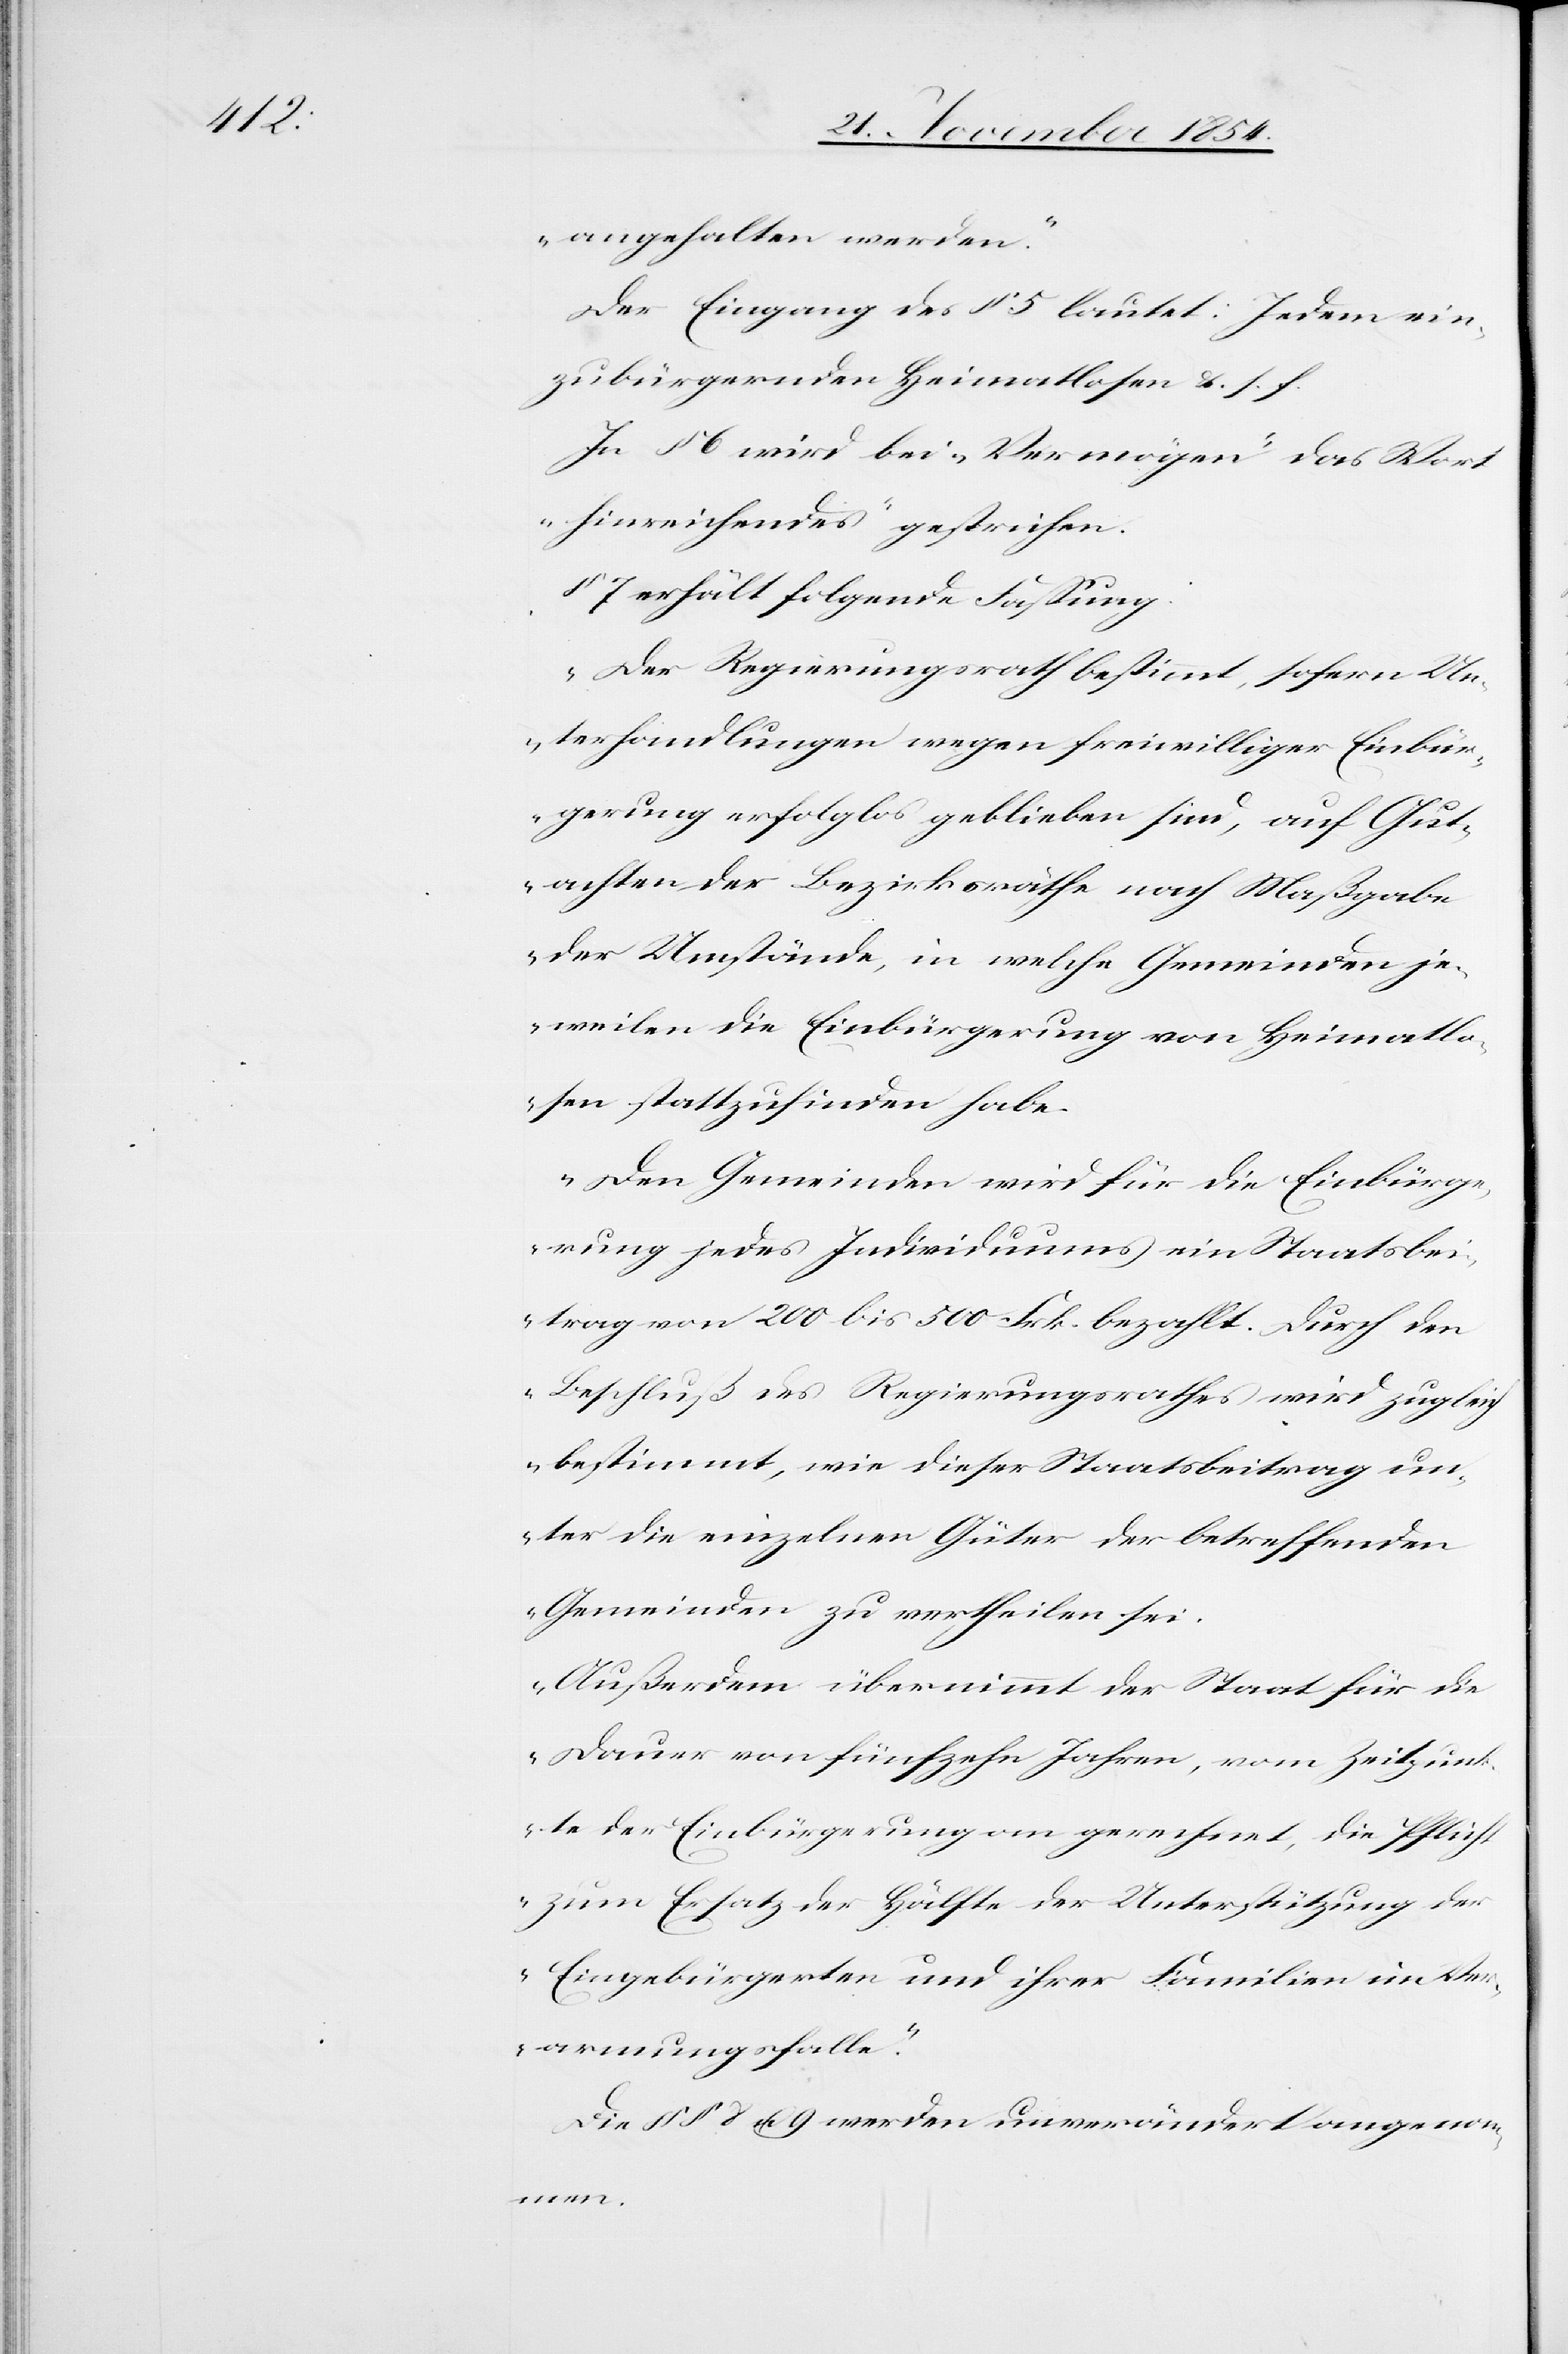
angehalten werden.“
Der Eingang des § 5 lautet: Jedem ein¬
zubürgernden Heimatlosen u. s. f.
In § 6 wird bei „Vermögen“ das Wort
„hinreichendes“ gestrichen.
§ 7 erhält folgende Faßung:
„Der Regierungsrath bestimmt, sofern Un¬
terhandlungen wegen freiwilliger Einbür¬
gerung erfolglos geblieben sind, auf Gut¬
achten der Bezirksräthe nach Maßgabe
der Umstände, in welche Gemeinden je¬
weilen die Einbürgerung von Heimatlo¬
sen stattzufinden habe.
Den Gemeinden wird für die Einbürge¬
rung jedes Individuums ein Staatsbe¬
itrag von 200 bis 500 Frk. bezahlt. Durch den
Beschluß des Regierungsrathes wird zugleich
bestimmt, wie dieser Staatsbeitrag un¬
ter die einzelnen Güter der betreffenden
Gemeinden zu vertheilen sei.
Außerdem übernimmt der Staat für die
Dauer von fünfzehn Jahren, vom Zeitpunk¬
te der Einbürgerung an gerechnet, die Pflicht
zum Ersatz der Hälfte der Unterstützung der
Eingebürgerten und ihrer Familien im Ver¬
armungsfalle.“
Die §§ 8 u. 9 werden unverändert angenom¬
men.